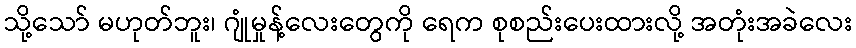
သို့သော် မဟုတ်ဘူး၊ ဂျုံမှုန့်လေးတွေကို ရေက စုစည်းပေးထားလို့ အတုံးအခဲလေး